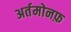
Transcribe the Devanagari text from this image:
अर्तमोनफ़